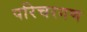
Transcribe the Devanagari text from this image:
परिचरगण